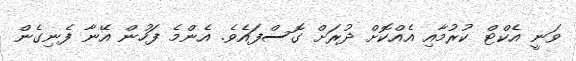
ވަނީ އެކްޓް ކުރުމާއި އެއްކޮށް ދުރަށް ގޮސްފައެވެ. އެންމެ ފަހުން އޭނާ ފެނިގެން